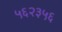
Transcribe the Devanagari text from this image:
५६२३५६